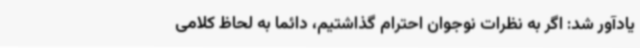
یادآور شد: اگر به نظرات نوجوان احترام گذاشتیم، دائما به لحاظ کلامی